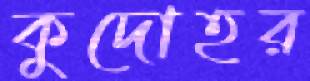
কুদোহর